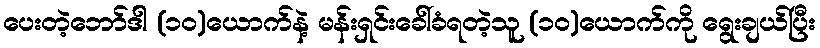
ပေးတဲ့ဘော်ဒါ (၁၀)ယောက်နဲ့ မန်းရှင်းခေါ်ခံရတဲ့သူ (၁၀)ယောက်ကို ရွေးချယ်ပြီး